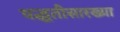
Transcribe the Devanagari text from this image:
पद्धतीसारख्या